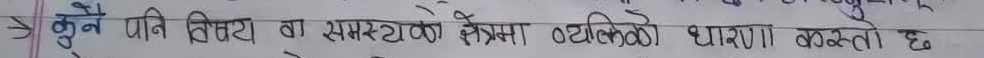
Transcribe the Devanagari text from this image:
कुनै पनि विषय वा समस्याको क्षेत्रमा व्यक्तिको धारणा कस्तो छ